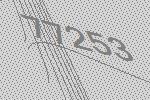
77253